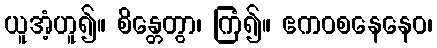
ယူအံ့ဟူ၍။ စိန္တေတွာ၊ ကြံ၍။ ဧကဝစနေနေဝ၊